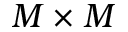
M \times M